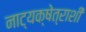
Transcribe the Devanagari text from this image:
नाट्यक्षेत्राशी